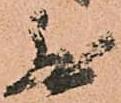
無